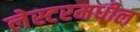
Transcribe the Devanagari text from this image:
लेस्टरमधील